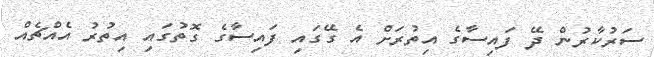
ސަރުކާރުން ދޭ ފައިސާގެ އިތުރަށް އެ ގޭގައި ފައިސާގެ ގޮތުގައި އިތުރު އެއްޗެއް